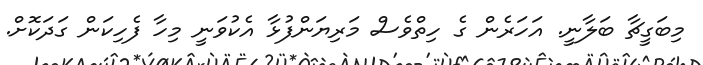
މިބަގީޗާ ބަލާނީ. އަހަރެން ގެ ހިތްވެސް މަރިޔަންފުޅާ އެކުވަނީ މިހާ ފެހިކަން ގަދަކޮށް.